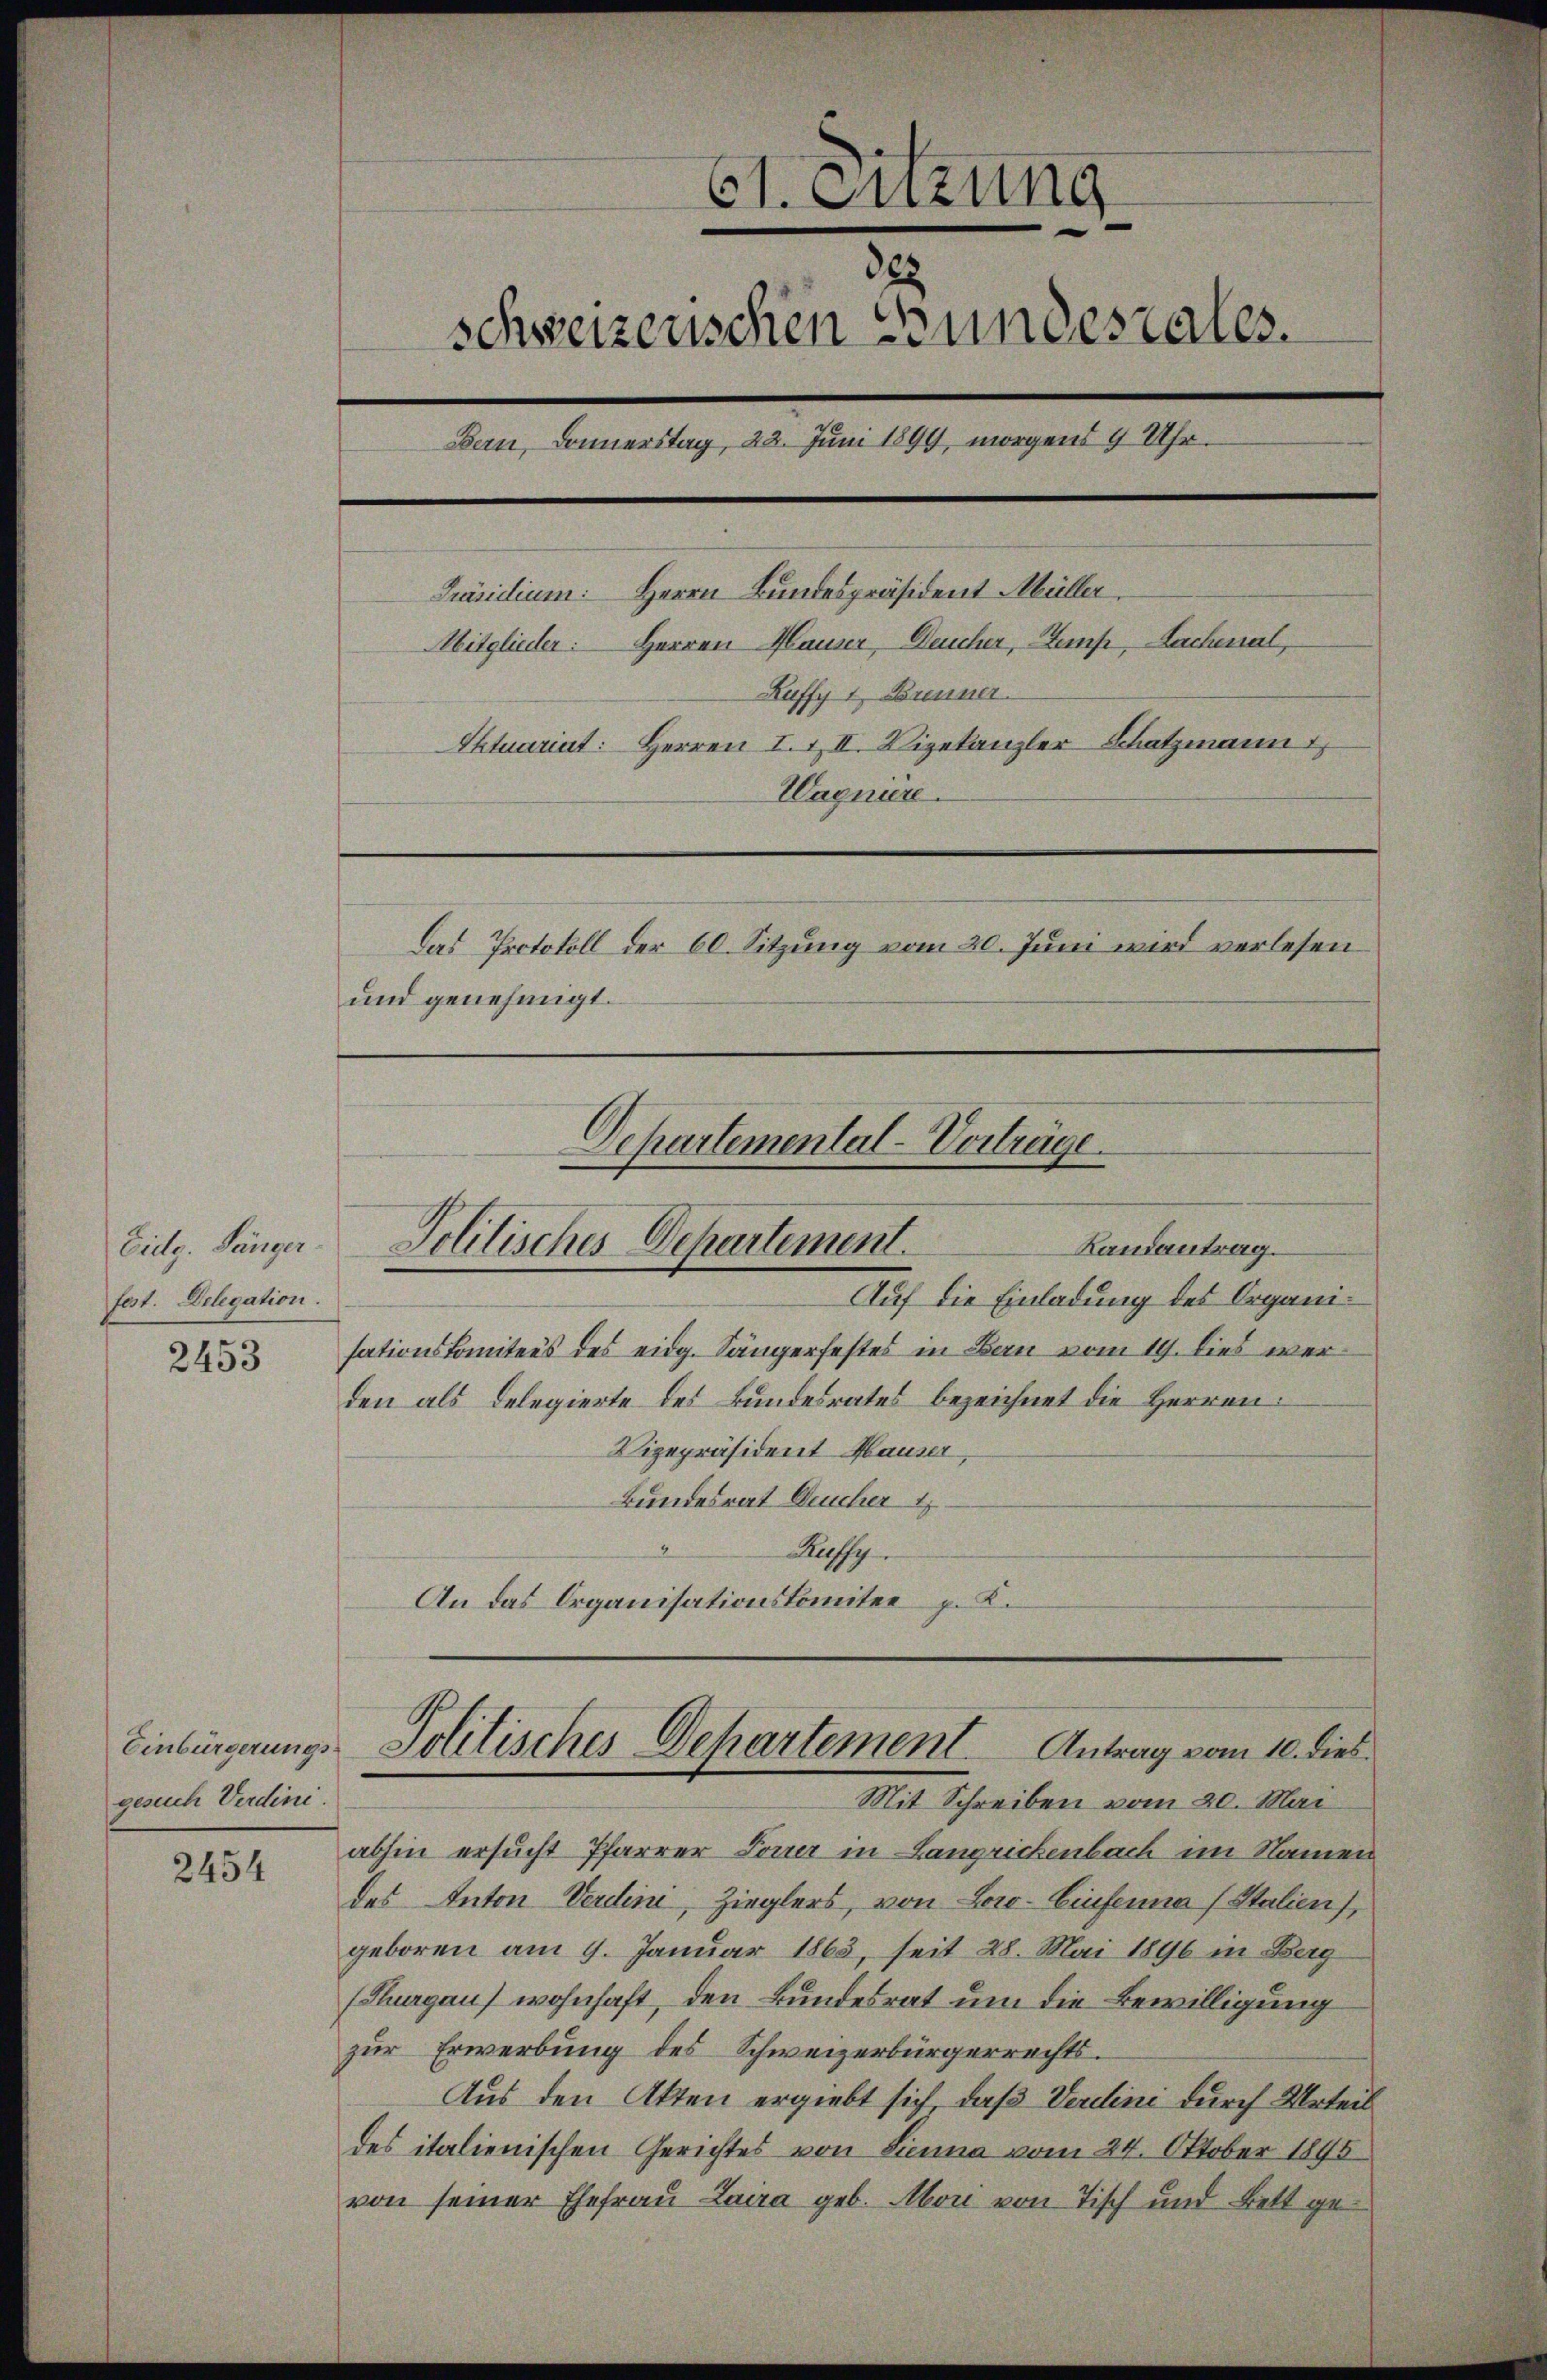
Eidg. Sänger.
fest. Delegation

2453

gesuch Verdini.

2454

61. Euzung
328
schweizerischen Bundesrates.
Bern, Donnerstag, 22. Juni 1899, morgens 9 Uhr.
Präsidium. Herrn Bundespräsident Müller.
Mitglieder: Herren Hauser, Deucher, Semp, Lachenal,
Ruffy 1, Brenner
Ektuariat: Herren I. & II. Vizekanzler Schatzmann
Wagniere.
Das Protokoll der 60. Sitzung vom 20. Juni wird verlesen
und genehmigt.

Departemental-Vorträge
Randantrag.
Politisches Departement.

Auf die Einladung des Organisationskomitees des eidg. Sängerfestes in Bau vom 19. dies werden als Delegierte des Bundesrates bezeichnet die Herren:
Vizepräsident Hauser,
Bundesrat Deucher 17
Raffy.
An das Organisationskomitee p. 2.

abhin ersucht Pfarrer Toner in Langrichenbach im Namen
des Anton Verdini, Zieglers, von Loro- Einsenia (Stalien,
geboren am 9. Januar 1863, seit 28. Mai 1896 in Berg
(Thurgau) wohnhaft, den Bundesrat um die Bewilligung
zur Erwerbung des Schweizerbürgerrechts.
Aus den Akten ergiebt sich, daß Verdini durch Urteil
des italienischen Gerichtes von Lina vom 24. Oktober 1895
von seiner Ehefrau Laira geb. Mori von Tisch und Bett ge¬

Einbürgerungs- Politisches Departement Antrag vom 10. dies
Mit Schreiben vom 20. Mai